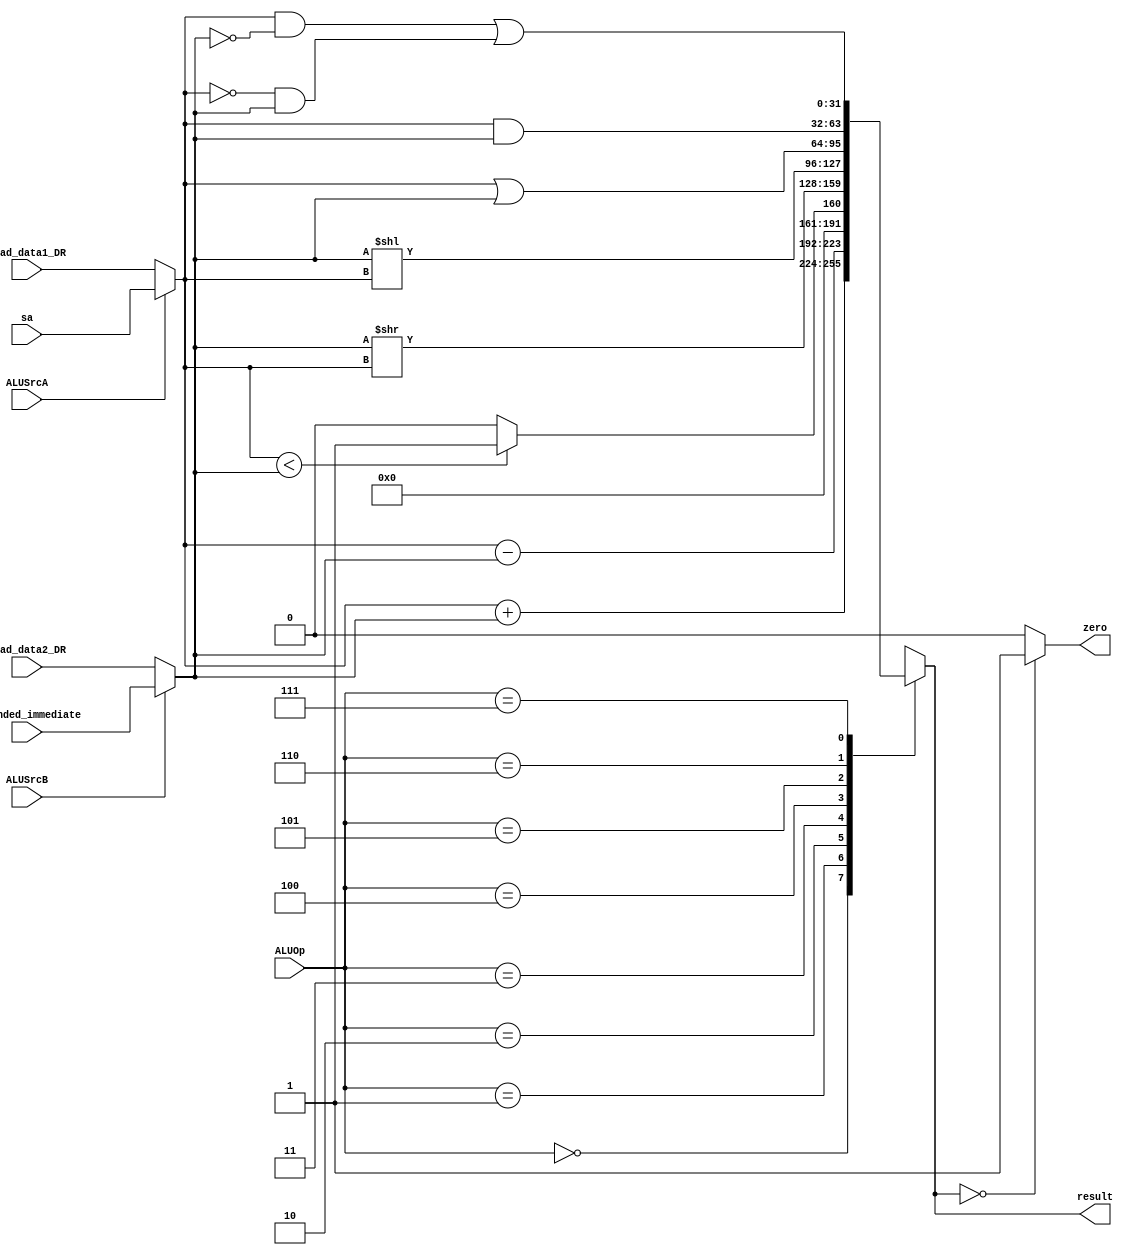
`timescale 1ns / 1ps

module ALU(
	input [31:0] read_data1_DR,
	input [31:0] read_data2_DR,
	input [31:0] sa,
	input [31:0] extended_immediate,
	input ALUSrcA,
	input ALUSrcB,
	input [2:0] ALUOp,
	output wire zero,
	output reg [31:0] result
    );
	
//	wire [31:0] newaddr;
//	assign newaddr = {{27{1'b0}},sa};
	
	wire [31:0] alua;
	wire [31:0] alub;
	assign alua = (ALUSrcA == 0)?read_data1_DR:sa;
	assign alub = (ALUSrcB == 0)?read_data2_DR:extended_immediate;
	
	always@(alua or alub or ALUOp) begin
		case (ALUOp)
			3'b000: result <= alua + alub;
			3'b001: result <= alua - alub;
			3'b010: result <= (alua<alub)?1:0;
			3'b011: result <= alub >> alua;
			3'b100: result <= alub << alua;
			3'b101: result <= alua | alub;
			3'b110: result <= alua & alub;
			3'b111: result <= (alua & ~alub) | (~alua & alub);
		endcase
	end
	
	assign zero = (result == 0)?1:0;

endmodule